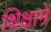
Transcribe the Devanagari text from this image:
शिक्षामे